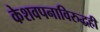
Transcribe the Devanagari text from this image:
केशवपनाविरुद्धही